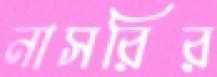
নাসরির